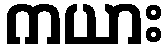
ကယား